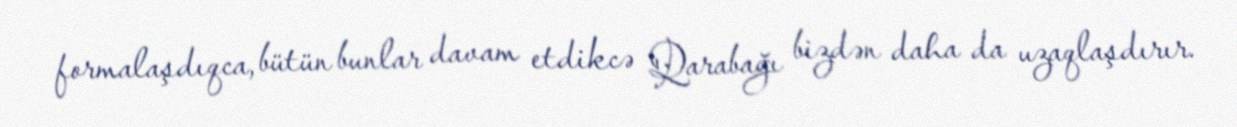
formalaşdıqca, bütün bunlar davam etdikcə Qarabağı bizdən daha da uzaqlaşdırır.